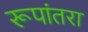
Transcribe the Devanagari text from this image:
रूपांतरा